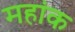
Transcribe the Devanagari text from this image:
महांक